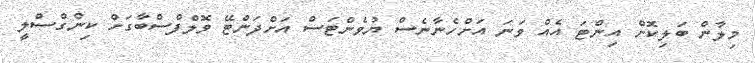
މިލާން ބަލިކޮށް އިންޓަ އެއް ވަނަ އަށްހެނާނެސް ޔުވެންޓަސް އަށްދަންޓޭ ވޮލްފްސްބާގަށް ކިންގްސްލީ